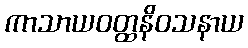
ကာသာယဝတ္ထနိဝသနာယ